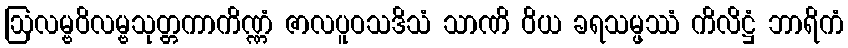
ဩလမ္ဗဝိလမ္ဗသုတ္တကာကိဏ္ဏံ ဇာလပူဝသဒိသံ သာဏိ ဝိယ ခရသမ္ဖဿံ ကိလိဋ္ဌံ ဘာရိကံ